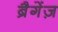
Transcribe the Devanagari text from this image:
ब्रैगेंज़